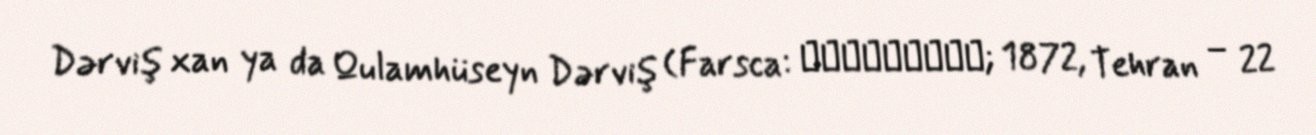
Dərviş xan ya da Qulamhüseyn Dərviş (Farsca: درویش‌خان; 1872, Tehran – 22